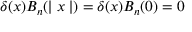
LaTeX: \delta ( x ) B _ { n } ( \mid x \mid ) = \delta ( x ) B _ { n } ( 0 ) = 0